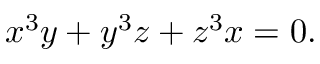
x ^ { 3 } y + y ^ { 3 } z + z ^ { 3 } x = 0 .